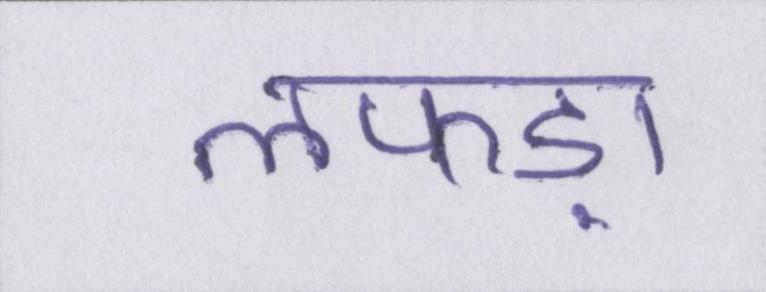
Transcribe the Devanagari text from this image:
लफड़ा